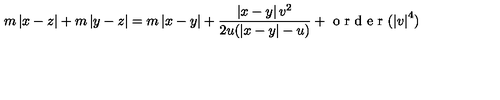
m \left| x - z \right| + m \left| y - z \right| = m \left| x - y \right| + \frac { \left| x - y \right| v ^ { 2 } } { 2 u ( \left| x - y \right| - u ) } + \textrm { o r d e r } ( \left| v \right| ^ { 4 } )